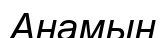
Анамын